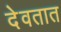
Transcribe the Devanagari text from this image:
देवतात